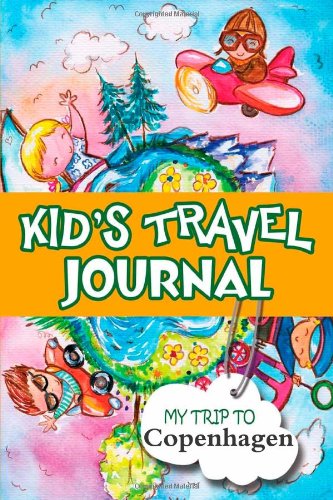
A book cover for Kids travel journal: my trip to copenhagen; Bluebird Books; Travel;